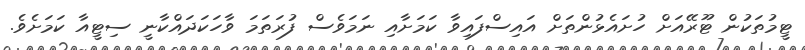
ޓީމުތަކުން ޓޫރޭއަށް ހުށައެޅުންތަށް އައިސްފައިވާ ކަމަށާއި ނަމަވެސް ފުރަތަމަ ވާހަކަދައްކާނީ ސިޓީއާ ކަމަށެވެ.